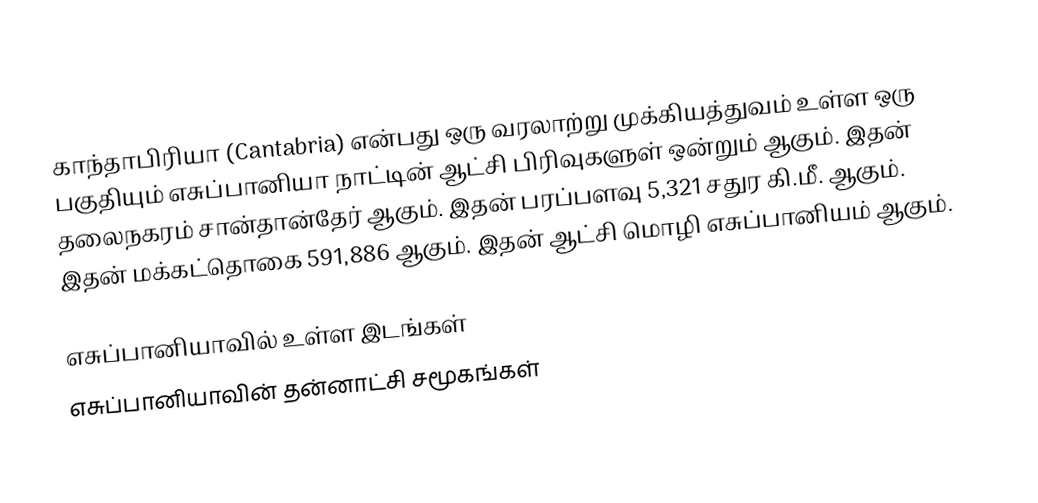
காந்தாபிரியா (Cantabria) என்பது ஒரு வரலாற்று முக்கியத்துவம் உள்ள ஒரு பகுதியும் எசுப்பானியா நாட்டின் ஆட்சி பிரிவுகளுள் ஒன்றும் ஆகும். இதன் தலைநகரம் சான்தான்தேர் ஆகும். இதன் பரப்பளவு 5,321 சதுர கி.மீ. ஆகும். இதன் மக்கட்தொகை 591,886 ஆகும். இதன் ஆட்சி மொழி எசுப்பானியம் ஆகும்.

எசுப்பானியாவில் உள்ள இடங்கள்
எசுப்பானியாவின் தன்னாட்சி சமூகங்கள்